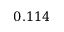
0 . 1 1 4